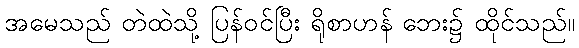
အမေသည် တဲထဲသို့ ပြန်ဝင်ပြီး ရိုစာဟန် ဘေး၌ ထိုင်သည်။